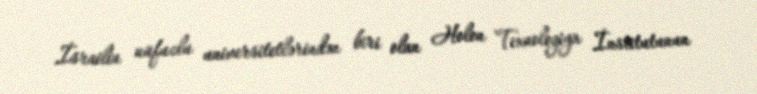
İsrailin nüfuzlu universitetlərindən biri olan Holon Texnologiya İnstitutunun